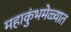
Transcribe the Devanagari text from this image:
महाकुंभमेळ्यात